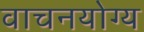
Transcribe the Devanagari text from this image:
वाचनयोग्य